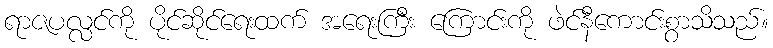
ရာဇပလ္လင်ကို ပိုင်ဆိုင်ရေးထက် အရေးကြီး ကြောင်းကို ဖဲင်နီကောင်းစွာသိသည်။